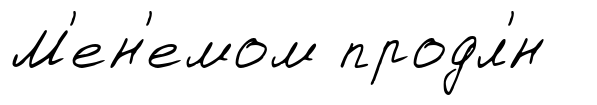
М'ен'емом продл'́н